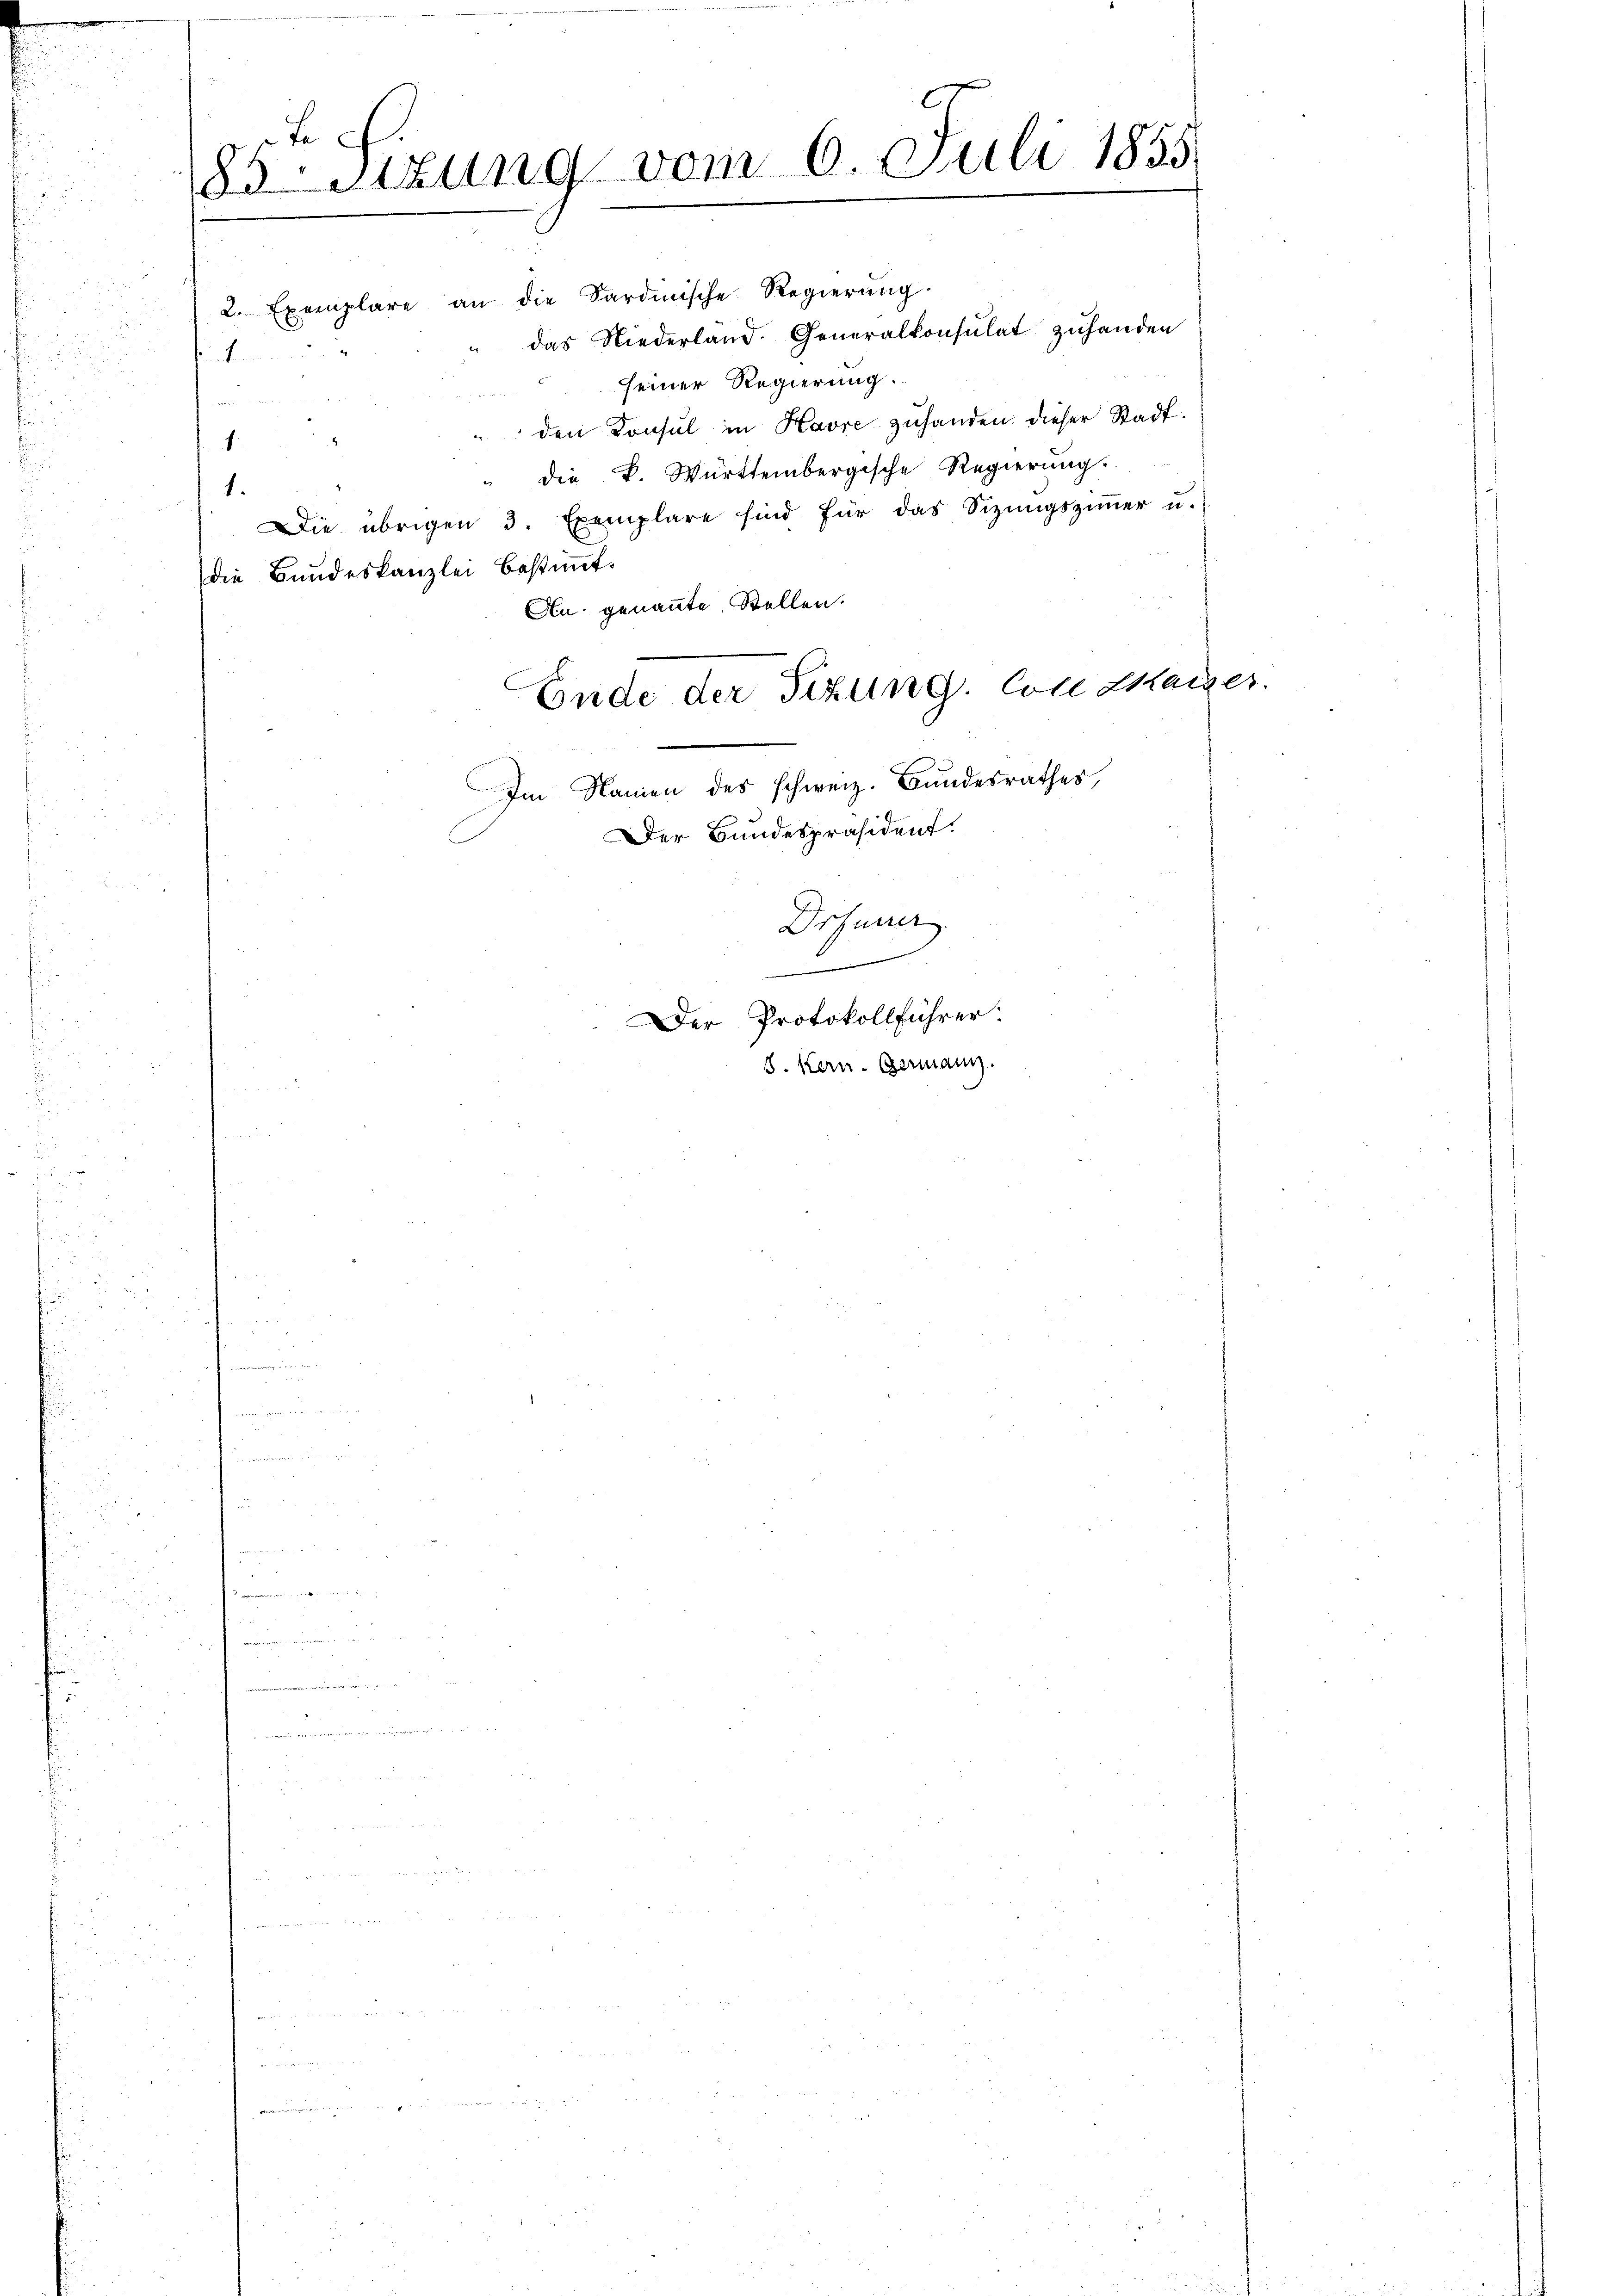
J
83Stzung vom 6. Juli 1855
2

enhimmen.

f

2. Exemplare an die Sardische Regierŭng.
" das Niederland. Generalkonsulat zuhanden
seiner Regierung.
den Konsul in Havre zuhanden dieser Stadt¬
" die K. Württembergische Regierŭng.
1.
Die übrigen 3. Exemplare sind für das Sizŭngsziṁer u.
die Bundeskanzlei bestimmt.
An genannte Stellen.
Ende der Sitzung. Con Maiser.
Im Namen des schweiz. Bundesrathes,
Der Bundespräsident.

Drfurrer
.
Der Protokollführer:
8. Kern- Germann.